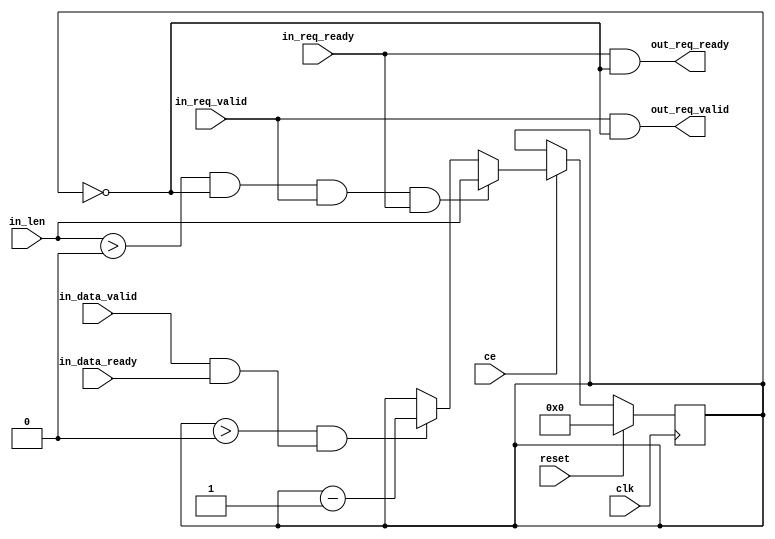
module get_gmem_m_axi_throttl
#(parameter
    USED_FIX       = 0,
    FIX_VALUE      = 4
)(
    input               clk,
    input               reset,
    input               ce,
    input   [7:0]       in_len,
    input               in_req_valid,
    input               in_req_ready,
    input               in_data_valid,
    input               in_data_ready,
    output              out_req_valid,
    output              out_req_ready
);
localparam threshold = (USED_FIX)? FIX_VALUE-1 : 0;
wire                req_en;
wire                handshake;
wire  [7:0]         load_init;
reg   [7:0]         throttl_cnt;
if (USED_FIX) begin
    assign load_init = FIX_VALUE-1;
    assign handshake = 1'b1;
end else begin
    assign load_init = in_len;
    assign handshake = in_data_valid & in_data_ready;
end
assign out_req_valid = in_req_valid & req_en;
assign out_req_ready = in_req_ready & req_en;
assign req_en = (throttl_cnt == 0);
always @(posedge clk)
begin
    if (reset)
        throttl_cnt <= 0;
    else if (ce) begin
        if (in_len > threshold && throttl_cnt == 0 && in_req_valid && in_req_ready)
            throttl_cnt <= load_init; 
        else if (throttl_cnt > 0 && handshake)
            throttl_cnt <= throttl_cnt - 1'b1;
    end
end
endmodule